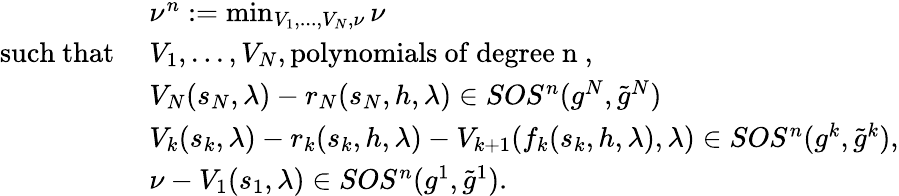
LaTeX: \begin{array}{rl}&{\nu^{n}:=\operatorname*{min}_{V_{1},...,V_{N},\nu}\nu}\\ {\mathrm{such~that~}}&{V_{1},...,V_{N},\mathrm{polynomials~of~degree~n~},}\\ &{V_{N}(s_{N},\lambda)-r_{N}(s_{N},h,\lambda)\in SOS^{n}(g^{N},\tilde{g}^{N})}\\ &{V_{k}(s_{k},\lambda)-r_{k}(s_{k},h,\lambda)-V_{k+1}(f_{k}(s_{k},h,\lambda),\lambda)\in SOS^{n}(g^{k},\tilde{g}^{k}),}\\ &{\nu-V_{1}(s_{1},\lambda)\in SOS^{n}(g^{1},\tilde{g}^{1}).}\end{array}